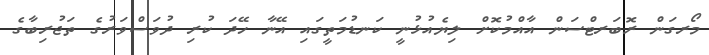
މޯރގަން ރޮބަރޓްސަން އާއްމުކޮށް ލިޔެއުޅުނީ ކަނޑުމަތީގައި އޭނާ ހޭދަ ކުރި ދުވަސްވަރުގެ ތަޖުރިބާގެ